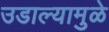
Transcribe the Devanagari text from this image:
उडाल्यामुळे